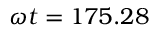
\omega t = 1 7 5 . 2 8